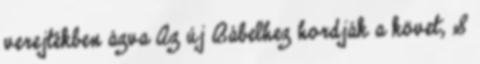
verejtékben ázva Az új Bábelhez hordják a követ, S